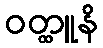
ဝတ္ထူနိ